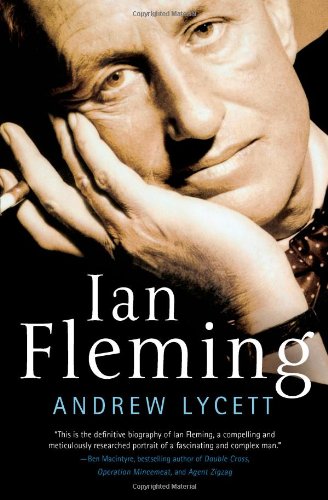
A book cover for Ian Fleming; Andrew Lycett; Mystery, Thriller & Suspense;